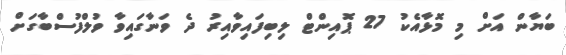
ބަޔާން އަށް މި މޮޅާއެކު 27 ޕޮއިންޓް ލިބިފައިވާއިރު ދެ ވަނާގައިވާ ވުލްފުސްބާގަށް